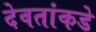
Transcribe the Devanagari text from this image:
देवतांकडे